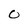
Character: O